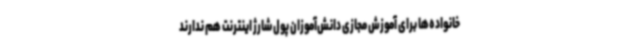
خانواده‌ها برای آموزش مجازی دانش‌آموزان پول شارژ اینترنت هم ندارند